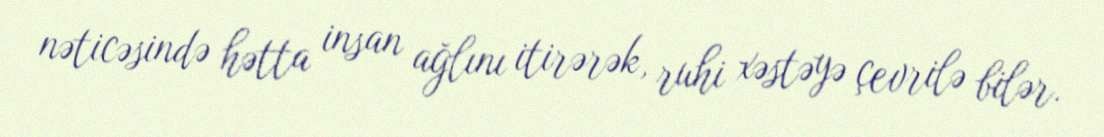
nəticəsində hətta insan ağlını itirərək, ruhi xəstəyə çevrilə bilər.